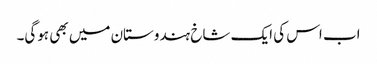
اب اس کی ایک شاخ ہندوستان میں بھی ہوگی۔